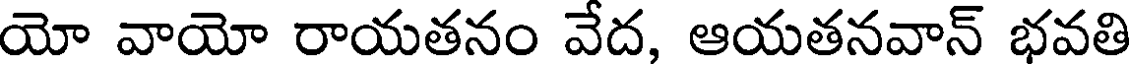
యో వాయో రాయతనం వేద, ఆయతనవాన్ భవతి